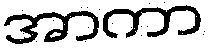
အာကာ